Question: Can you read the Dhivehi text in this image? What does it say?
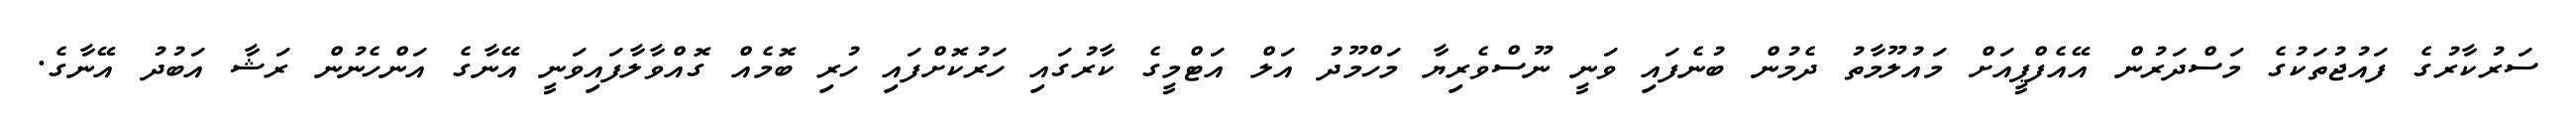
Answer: ސަރުކާރުގެ ފައުޖުތަކުގެ މަސްދަރުން އޭއެފްޕީއަށް މައުލޫމާތު ދެމުން ބުނެފައި ވަނީ ނޫސްވެރިޔާ މަހްމޫދު އަލް އަޓްމީގެ ކާރުގައި ހަރުކޮށްފައި ހުރި ބޮމެއް ގޮއްވާލާފައިވަނީ އޭނާގެ އަންހެނުން ރަޝާ އަބުދު އޭނާގެ.